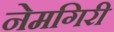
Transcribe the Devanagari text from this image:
नेमगिरी